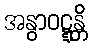
အနွာဝဋ္ဋန္တိ